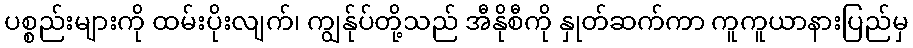
ပစ္စည်းများကို ထမ်းပိုးလျက်၊ ကျွန်ုပ်တို့သည် အီနိုစီကို နှုတ်ဆက်ကာ ကူကူယာနားပြည်မှ